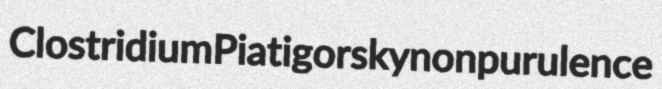
Clostridium Piatigorsky nonpurulence